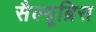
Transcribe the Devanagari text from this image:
सैल्यूब्रिस